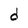
Character: d